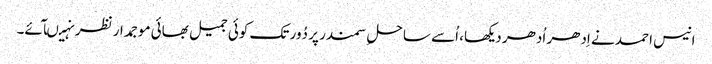
انیس احمد نے اِدھر اُدھر دیکھا، اُسے ساحلِ سمندر پر دُور تک کوئی جمیل بھائی موجمدار نظر نہیںآئے۔